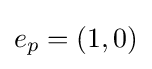
e_{p}=(1,0)